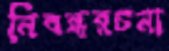
নিবন্ধরচনা